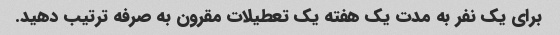
برای یک نفر به مدت یک هفته یک تعطیلات مقرون به صرفه ترتیب دهید.